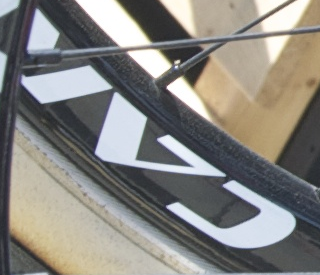
CA